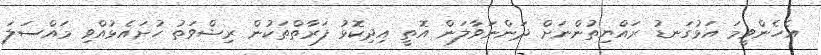
އެހެންވީމަ އަޅުގަނޑު ރައްޔިތުންނަށް ދަންނަވާލަން އޮތީ އިދިކޮޅު ފަރާތްތަކުން ރިޝްވަތު ހުށައެޅުއްވި މައްސަލަ